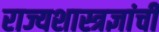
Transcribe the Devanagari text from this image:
राज्यशास्त्रज्ञांची